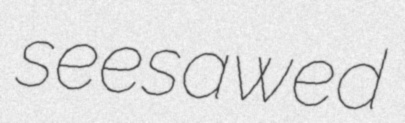
seesawed